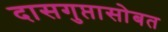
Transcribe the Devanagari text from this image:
दासगुप्तासोबत